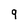
Character: q